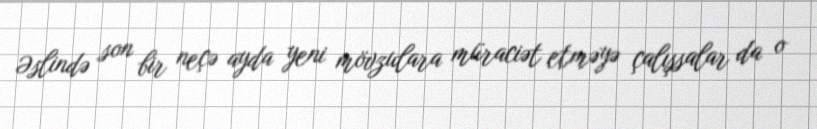
Əslində son bir neçə ayda yeni mövzulara müraciət etməyə çalışsalar da o